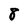
Character: 8